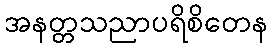
အနတ္တသညာပရိစိတေန